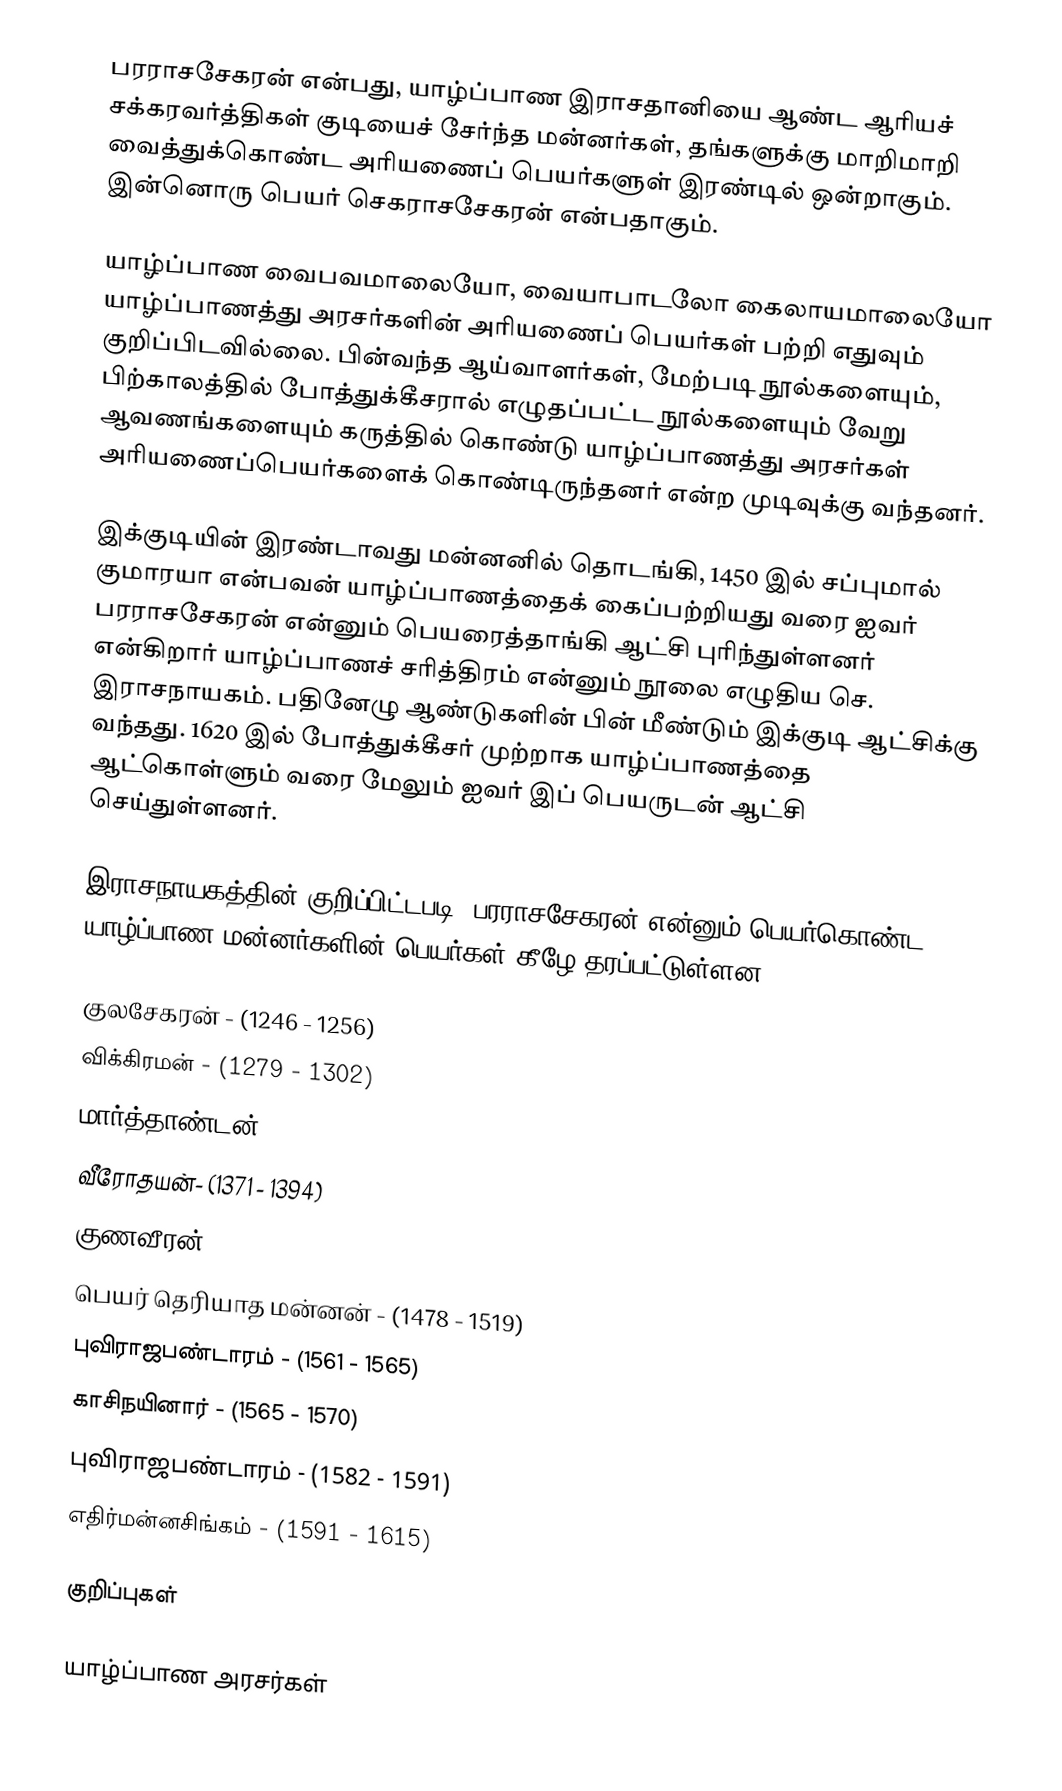
பரராசசேகரன் என்பது, யாழ்ப்பாண இராசதானியை ஆண்ட ஆரியச் சக்கரவர்த்திகள் குடியைச் சேர்ந்த மன்னர்கள், தங்களுக்கு மாறிமாறி வைத்துக்கொண்ட அரியணைப் பெயர்களுள் இரண்டில் ஒன்றாகும். இன்னொரு பெயர் செகராசசேகரன் என்பதாகும்.

யாழ்ப்பாண வைபவமாலையோ, வையாபாடலோ  கைலாயமாலையோ யாழ்ப்பாணத்து அரசர்களின் அரியணைப் பெயர்கள் பற்றி எதுவும் குறிப்பிடவில்லை. பின்வந்த ஆய்வாளர்கள், மேற்படி நூல்களையும், பிற்காலத்தில் போத்துக்கீசரால் எழுதப்பட்ட நூல்களையும் வேறு ஆவணங்களையும் கருத்தில் கொண்டு யாழ்ப்பாணத்து அரசர்கள் அரியணைப்பெயர்களைக் கொண்டிருந்தனர் என்ற முடிவுக்கு வந்தனர்.

இக்குடியின் இரண்டாவது மன்னனில் தொடங்கி, 1450 இல் சப்புமால் குமாரயா என்பவன் யாழ்ப்பாணத்தைக் கைப்பற்றியது வரை ஐவர் பரராசசேகரன் என்னும் பெயரைத்தாங்கி ஆட்சி புரிந்துள்ளனர் என்கிறார் யாழ்ப்பாணச் சரித்திரம் என்னும் நூலை எழுதிய செ. இராசநாயகம். பதினேழு ஆண்டுகளின் பின் மீண்டும் இக்குடி ஆட்சிக்கு வந்தது. 1620 இல் போத்துக்கீசர் முற்றாக யாழ்ப்பாணத்தை ஆட்கொள்ளும் வரை மேலும் ஐவர் இப் பெயருடன் ஆட்சி செய்துள்ளனர்.

இராசநாயகத்தின் குறிப்பிட்டபடி, பரராசசேகரன் என்னும் பெயர்கொண்ட யாழ்ப்பாண மன்னர்களின் பெயர்கள் கீழே தரப்பட்டுள்ளன.

 குலசேகரன் - (1246 - 1256)
 விக்கிரமன் - (1279 - 1302)
 மார்த்தாண்டன் - (1325 - 1348)
 வீரோதயன்- (1371 - 1394)
 குணவீரன் - (1417 - 1440)
 பெயர் தெரியாத மன்னன் - (1478 - 1519)
 புவிராஜபண்டாரம் - (1561 - 1565)
 காசிநயினார் - (1565 - 1570)
 புவிராஜபண்டாரம் - (1582 - 1591)
 எதிர்மன்னசிங்கம் - (1591 - 1615)

குறிப்புகள்

 யாழ்ப்பாண அரசர்கள்